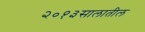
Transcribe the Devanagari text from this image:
२०१३सालातील